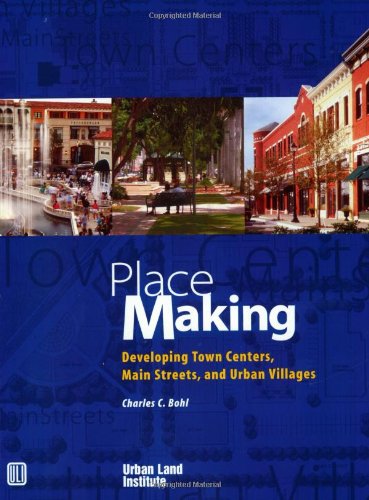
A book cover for Place Making: Developing Town Centers, Main Streets, and Urban Villages; Charles C. Bohl; Business & Money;